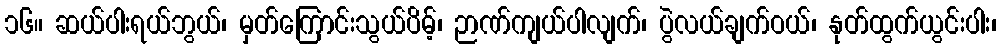
၁၆။ ဆယ်ပါးရယ်ဘွယ်၊ မှတ်ကြောင်းသွယ်ပိမ့်၊ ဉာဏ်ကျယ်ပါလျက်၊ ပွဲလယ်ချက်ဝယ်၊ နုတ်ထွက်ယွင်းပါး၊